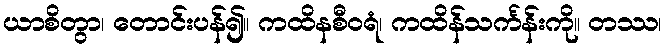
ယာစိတွာ၊ တောင်းပန်၍။ ကထိနစီဝရံ၊ ကထိန်သင်္ကန်းကို။ တဿ၊